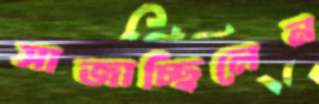
সাজাচ্ছিলেন